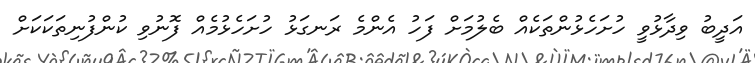
އަދީބު ވިދާޅުވީ ހުށަހެޅުންތަކެއް ބެލުމަށް ފަހު އެންމެ ރަނގަޅު ހުށަހެޅުމެއް ފޮނުވި ކުންފުނިތަކަކަށް